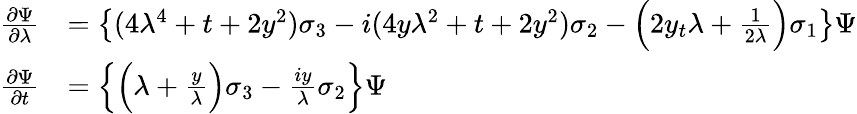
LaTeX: \begin{array}{rl}{\frac{\partial\Psi}{\partial\lambda}}&{=\left\{ (4\lambda^{4}+t+2y^{2})\sigma_{3}-i(4y\lambda^{2}+t+2y^{2})\sigma_{2}-\Big(2y_{t}\lambda+\frac{1}{2\lambda}\Big)\sigma_{1}\right\} \Psi}\\ {\frac{\partial\Psi}{\partial t}}&{=\left\{ \Big(\lambda+\frac{y}{\lambda}\Big)\sigma_{3}-\frac{iy}{\lambda}\sigma_{2}\right\} \Psi}\end{array}